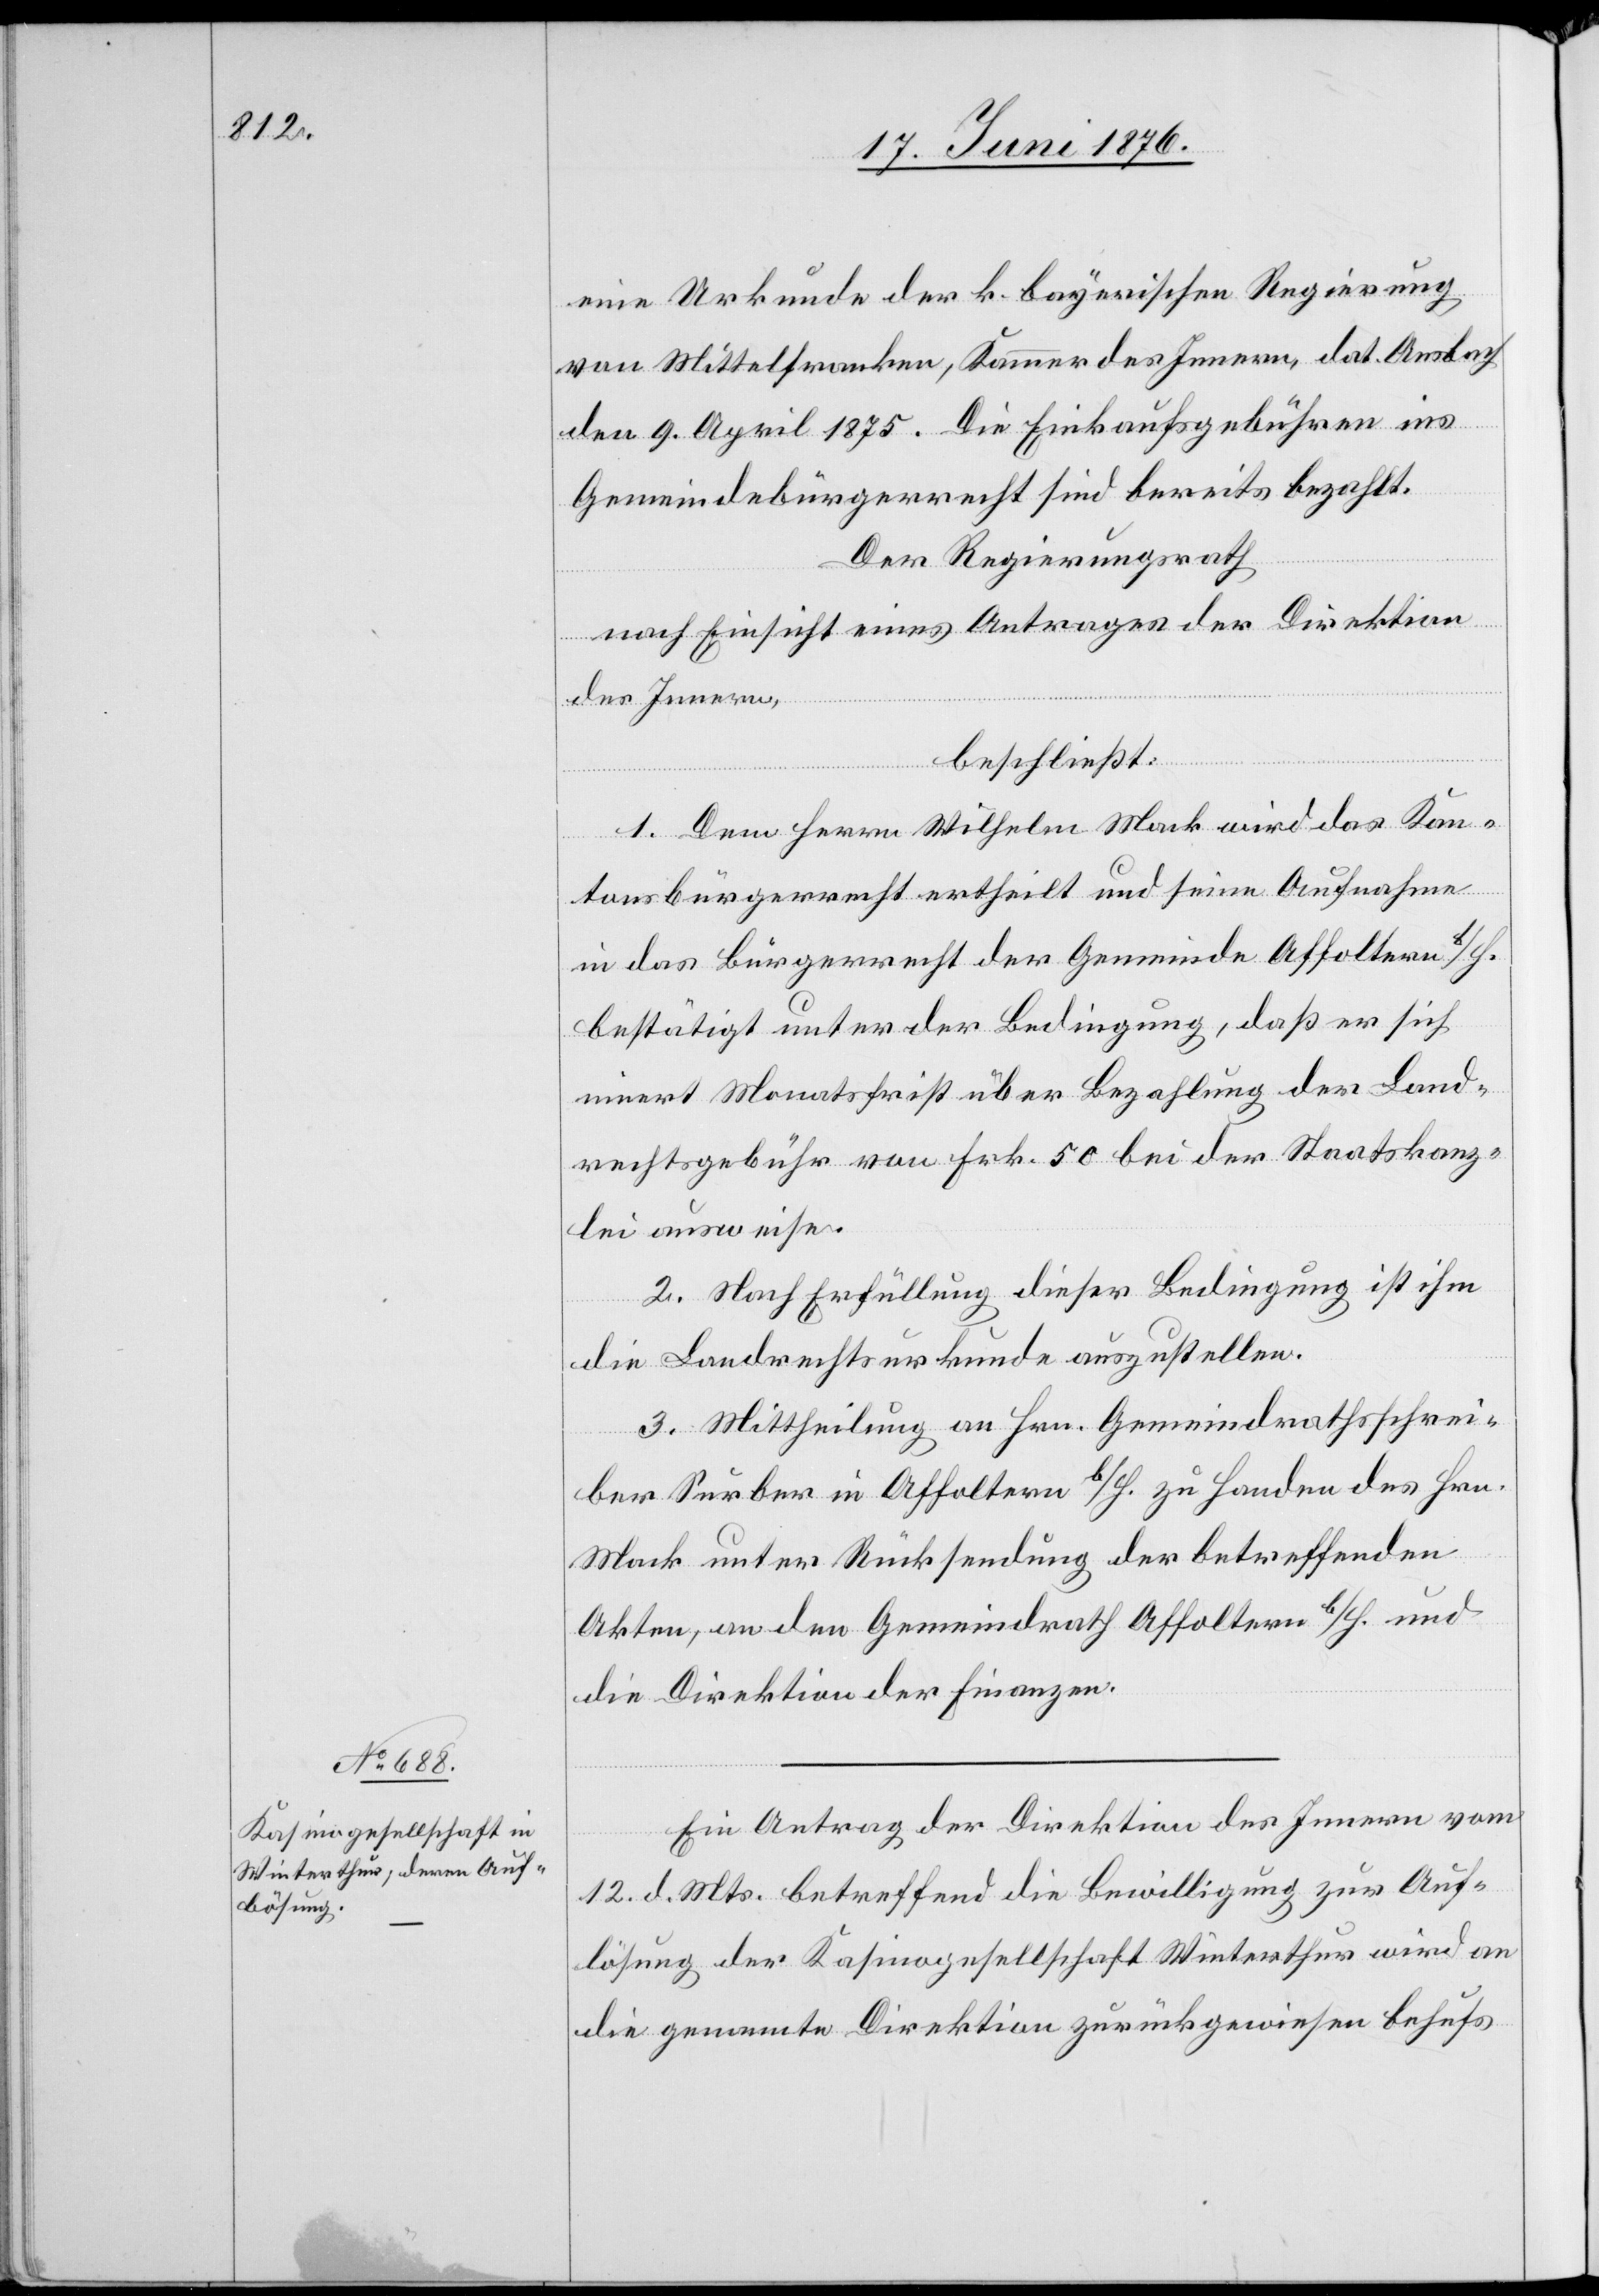
Ein Antrag der Direktion des Innern vom
12. d. Mts. betreffend die Bewilligung zur Auf¬
lösung der Kasinogesellschaft Winterthur wird an
die genannte Direktion zurückgewiesen behufs